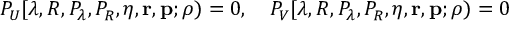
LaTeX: P _ { U } [ \lambda , R , P _ { \lambda } , P _ { R } , \eta , { \mathbf r } , { \mathbf p } ; \rho ) = 0 , \quad P _ { V } [ \lambda , R , P _ { \lambda } , P _ { R } , \eta , { \mathbf r } , { \mathbf p } ; \rho ) = 0